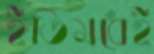
ইতিমধেই